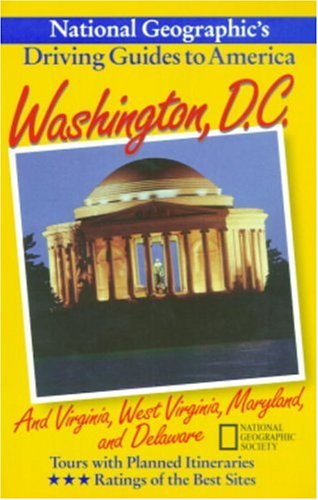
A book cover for National Geographic Driving Guide to america, Washington DC; National Geographic Society; Travel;